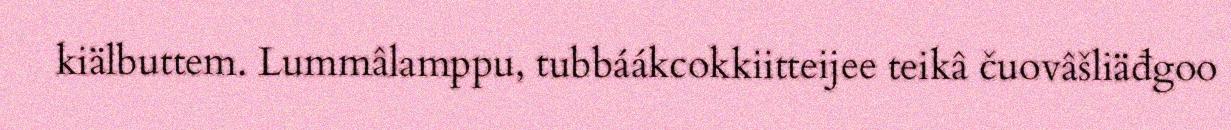
kiälbuttem. Lummâlamppu, tubbáákcokkiitteijee teikâ čuovâšliäđgoo